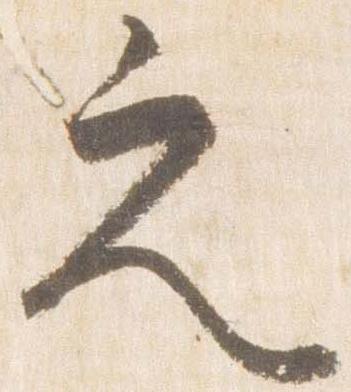
之